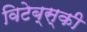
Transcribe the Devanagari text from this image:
विटेब्स्की